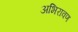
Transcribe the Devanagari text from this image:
अभिरावण